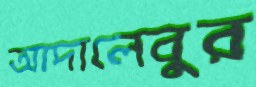
আদালেবুর